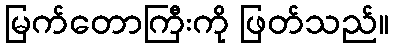
မြက်တောကြီးကို ဖြတ်သည်။